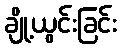
ချို့ယွင်းခြင်း